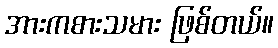
အားကစားသမား ဖြစ်တယ်။